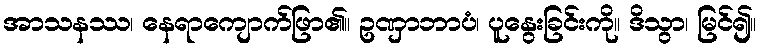
အာသနဿ၊ နေရာကျောက်ဖြာ၏။ ဥဏှာဘာပံ၊ ပူနွေးခြင်းကို။ ဒိသွာ၊ မြင်၍။